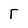
Character: F